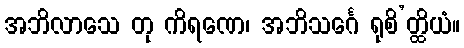
အဘိလာသေ တု ကိရဏေ၊ အဘိသင်္ဂေ ရုစိ’တ္ထိယံ။